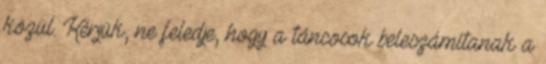
közül. Kérjük, ne feledje, hogy a táncosok beleszámítanak a